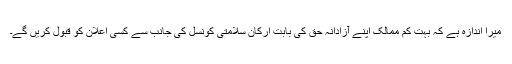
میرا اندازہ ہے کہ بہت کم ممالک اپنے آزادانہ حق کی بابت ارکان سلامتی کونسل کی جانب سے کسی اعلان کو قبول کریں گے۔